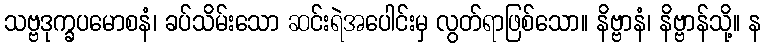
သဗ္ဗဒုက္ခပမောစနံ၊ ခပ်သိမ်းသော ဆင်းရဲအပေါင်းမှ လွတ်ရာဖြစ်သော။ နိဗ္ဗာနံ၊ နိဗ္ဗာန်သို့။ န